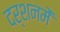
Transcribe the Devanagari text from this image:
दर्शनमें